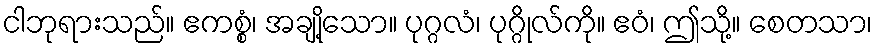
ငါဘုရားသည်။ ဧကစ္စံ၊ အချို့သော။ ပုဂ္ဂလံ၊ ပုဂ္ဂိုလ်ကို။ ဧဝံ၊ ဤသို့။ စေတသာ၊